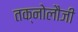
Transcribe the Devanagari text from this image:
तक्नोलौजी